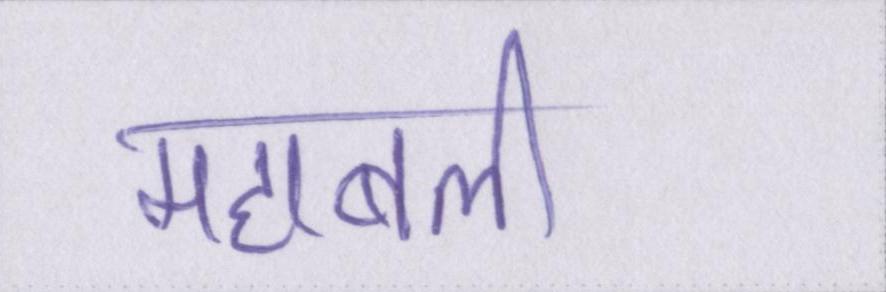
महाबली